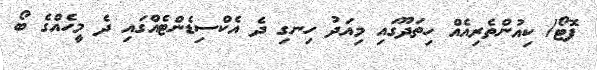
ފޮޓޯ/ ކިއުންތެރިއެއް ހިތަދޫގައި މިއަދު ހިނގި ދެ އެކްސިޑެންޓެއްގައި ދެ މީހެއްގެ ބޯ